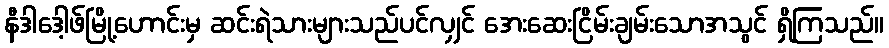
နီဒါဒေါ့ဖ်မြို့ဟောင်းမှ ဆင်းရဲသားများသည်ပင်လျှင် အေးဆေးငြိမ်းချမ်းသောအသွင် ရှိကြသည်။